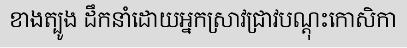
ខាងត្បូង ដឹកនាំដោយអ្នកស្រាវជ្រាវបណ្តុះកោសិកា